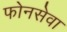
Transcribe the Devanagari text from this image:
फोनसेवा